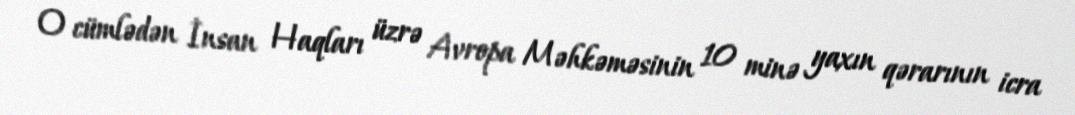
O cümlədən İnsan Haqları üzrə Avropa Məhkəməsinin 10 minə yaxın qərarının icra